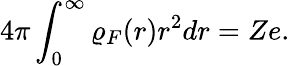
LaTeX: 4\pi\int_{0}^{\infty}\varrho_{F}(r)r^{2}dr=Ze.